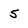
Character: 5